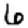
Digit: 6